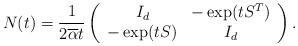
LaTeX: \begin{align*} N(t) = \frac{1}{2\overline{\alpha}t}\left(\begin{array}{cc}I_d &-\exp(tS^T)\\-\exp(tS) &I_d\end{array}\right). \end{align*}